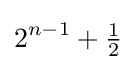
2^{n-1}+{\tfrac {1}{2}}